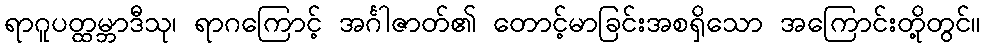
ရာဂူပတ္ထမ္ဘာဒီသု၊ ရာဂကြောင့် အင်္ဂါဇာတ်၏ တောင့်မာခြင်းအစရှိသော အကြောင်းတို့တွင်။